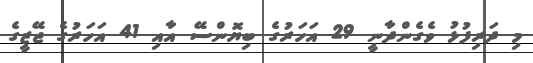
މި ދަރިފުޅު ވެގެންދާނީ 29 އަހަރުގެ ބިޔޮންސޭ އާއި 41 އަހަރުގެ ޖޭޒީގެ